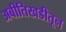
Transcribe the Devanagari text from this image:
अबीतिखडीतून